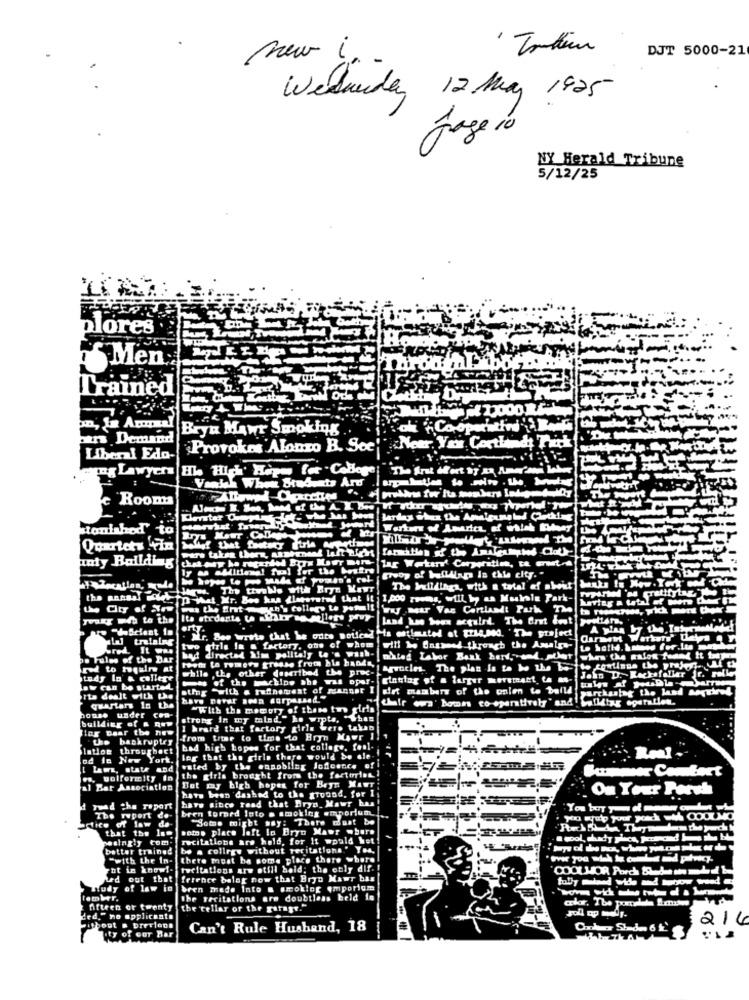
DJT 5000-21
new i.
Webunder 12 May 1925
page 10
NY Herald Tribune
5/12/25
olores
Men
Trained
Bryn Mawr Smoking
oli Co,oper
pars Demand
Provokes Alonzo B. Soc' " Netr. Yax Cort!
Liberal Edo-
Hle High' Hapes for . Cobloge;
gog Lawyer
c Rooms
Quartets Fin
lar Werken' Corporation, to ent
Haty Balldimg
ly as Alltiama! fual for the besfre
[rooy of buildings in this city. "
HAN. The twoh's with' Bryn Mawr
The Welldlhgs, with a total of about
the antaal ifletto What Mr. Bos kas (laperated that it 1,000 rooms, will, by un Mualle Park-
kartag a total of were
msn's college te pomu !! !
wymar Vas Cortlandt Park The
youKg web to the Ite strdants ta War na alles prey
. Mir, Bee write that he outs Boifend Is ontimated at [rie,pod, 'The project
lal tralalng
Carmen Warkary UC
Sred. It was
bad directad Xim politely te 's wash-
two girls In a factory, one of whom
ou Fulme of the Bar
Thoth Lo remery grosse frot bis bands,
ohted Labor Burk hart, . polar
when the galon faand tt tape
Ind wo huln at
while ,the other duseribed the proc-
Study In & college
Pas of the machine she was oper- Eintlag of a larger meremast ta as-
John D. Kackafaliar {r.
Law can be started.
atmg "with a refinement of mannet I slet members of the enten to build
orta dealt with [.
af their own' boms co-operatively" and !
house under
quarters In tha
"With the memory of these two girls
building af & qum
strony In my mlad." he wipta, Than
Ing Daar the new
I heard that factory girl were taken
..
"the baskruptry
from time to time to Hry Maur Il
latios throughact
bad high hopes for that collage. foal-
od In New York.
leg that the girls thare would be ale-
Real
vated by the ennobling lofcence ofi
kammsor Contact
ws, wolfermity in
the girls brought from the factoring !
But my high hopes for Bryn Mawr:
al Bar Association
have been dashad to the ground, for I
Ou Your Porch
have since raad that Bryn Mawr bas!
Tad the report
bren torned lato a smoking emporium
The report de-
Some might say: There must be
artice of law da-
that the lam
woIe place loft lo Bryn Mawr .burs
recitations are held, for it would Wet !
better trained
be a collegw without recitations ' Toa,
"with the In-
there must ba some place there where
ut in know !-
reeltations are still bald; the only dif.
Med out that
ference balar now that Bryn Mawr bas
Tudy of law in
bren made Into a smoking emporigm
tamMer.
the recitations are doubtless beld in
color, The portalals Emnow
fifteen or twenty
the tellar of the garage."
fed." no applicants
$ 216
ithout # brerlook
Can't Rule Hushand, 18
Ity of Our Har